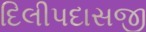
દિલીપદાસજી